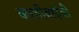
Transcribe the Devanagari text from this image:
काशीबाईची